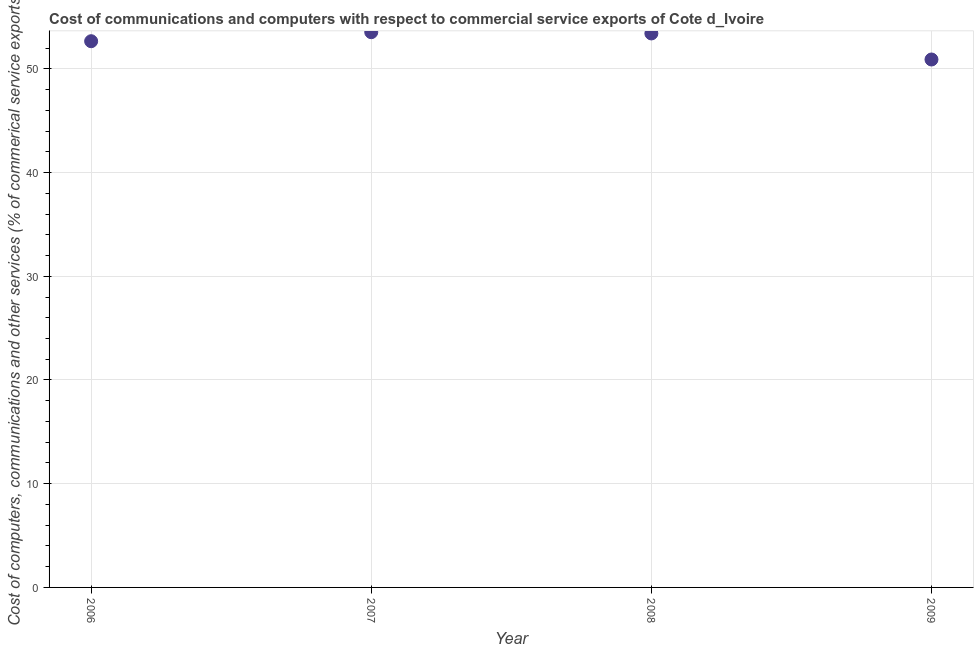
| Year | Computer |
 | --- | --- |
 | 2006 | 52.7 |
 | 2007 | 53.5 |
 | 2008 | 53.4 |
 | 2009 | 50.9 |